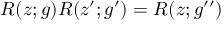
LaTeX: R ( z ; g ) R ( z ^ { \prime } ; g ^ { \prime } ) = R ( z ; g ^ { \prime \prime } )